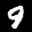
Label: 9